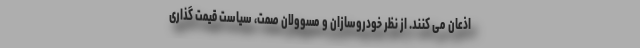
اذعان می کنند. از نظر خودروسازان و مسوولان صمت، سیاست قیمت گذاری